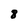
Character: 8